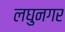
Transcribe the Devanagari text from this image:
लघुनगर